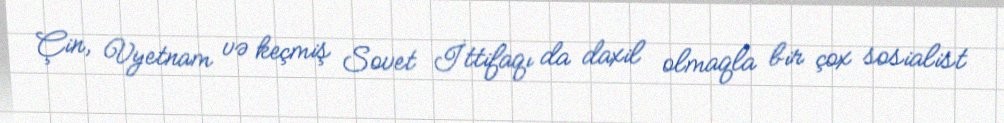
Çin, Vyetnam və keçmiş Sovet İttifaqı da daxil olmaqla bir çox sosialist